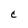
Character: C